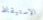
الاستيقاظ